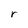
Character: r